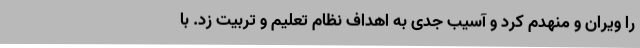
را ویران و منهدم کرد و آسیب جدی به اهداف نظام تعلیم و تربیت زد. با